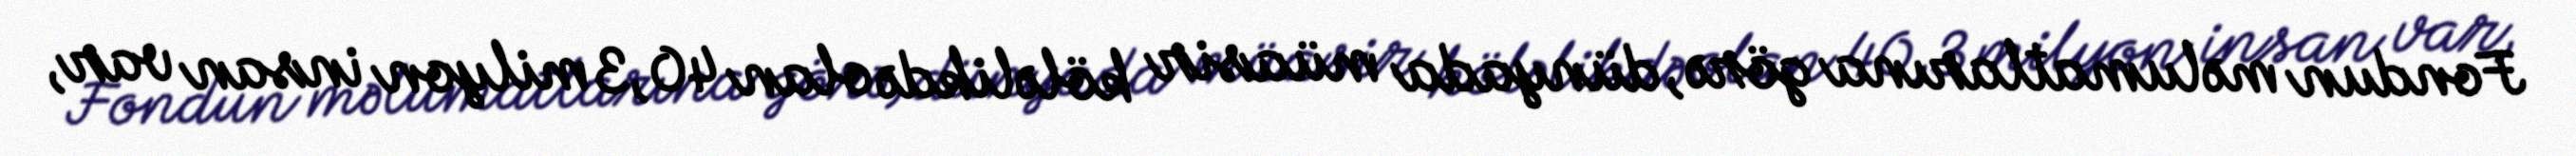
Fondun məlumatlarına görə, dünyada müasir köləlikdə olan 40,3 milyon insan var,